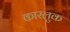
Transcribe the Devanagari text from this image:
कारलुक